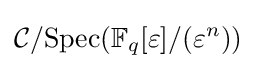
{\mathcal {C}}/{\text{Spec}}(\mathbb {F} _{q}[\varepsilon ]/(\varepsilon ^{n}))